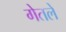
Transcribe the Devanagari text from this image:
गेतले